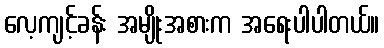
လေ့ကျင့်ခန်း အမျိုးအစားက အရေးပါပါတယ်။